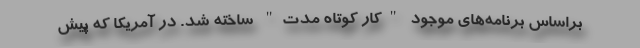
براساس برنامه‌های موجود "کار کوتاه مدت" ساخته شد. در آمریکا که پیش